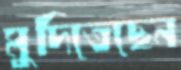
মুদিতেছেন